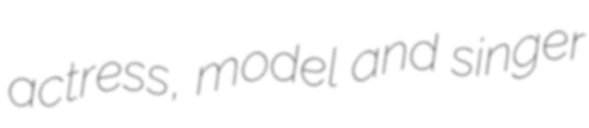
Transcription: actress, model and singer